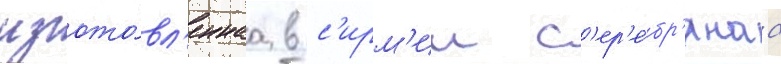
изгото́вл'еннаа в с'ирм'ии с'ер'е́бр'янаа